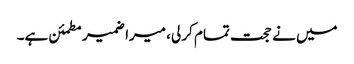
میں نے حجت تمام کر لی، میرا ضمیر مطمئن ہے۔